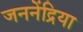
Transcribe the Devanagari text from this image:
जननेंद्रिया